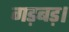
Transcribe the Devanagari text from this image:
गड़बड़।